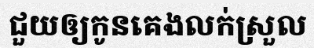
ជួយឲ្យកូនគេងលក់ស្រួល